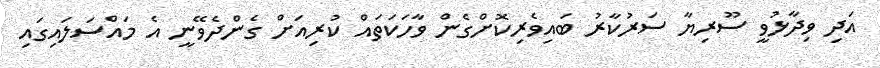
އަދި ވިދާޅުވީ ސޫރިޔާ ސަރުކާރު ބައިވެރިކޮށްގެން ވާހަކަތައް ކުރިއަށް ގެންދެވޭނީ އެ މައްސަލައިގައި